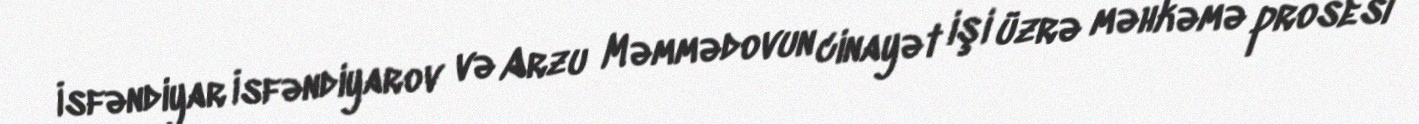
İsfəndiyar İsfəndiyarov və Arzu Məmmədovun cinayət işi üzrə məhkəmə prosesi